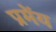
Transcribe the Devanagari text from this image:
प्रमेंय